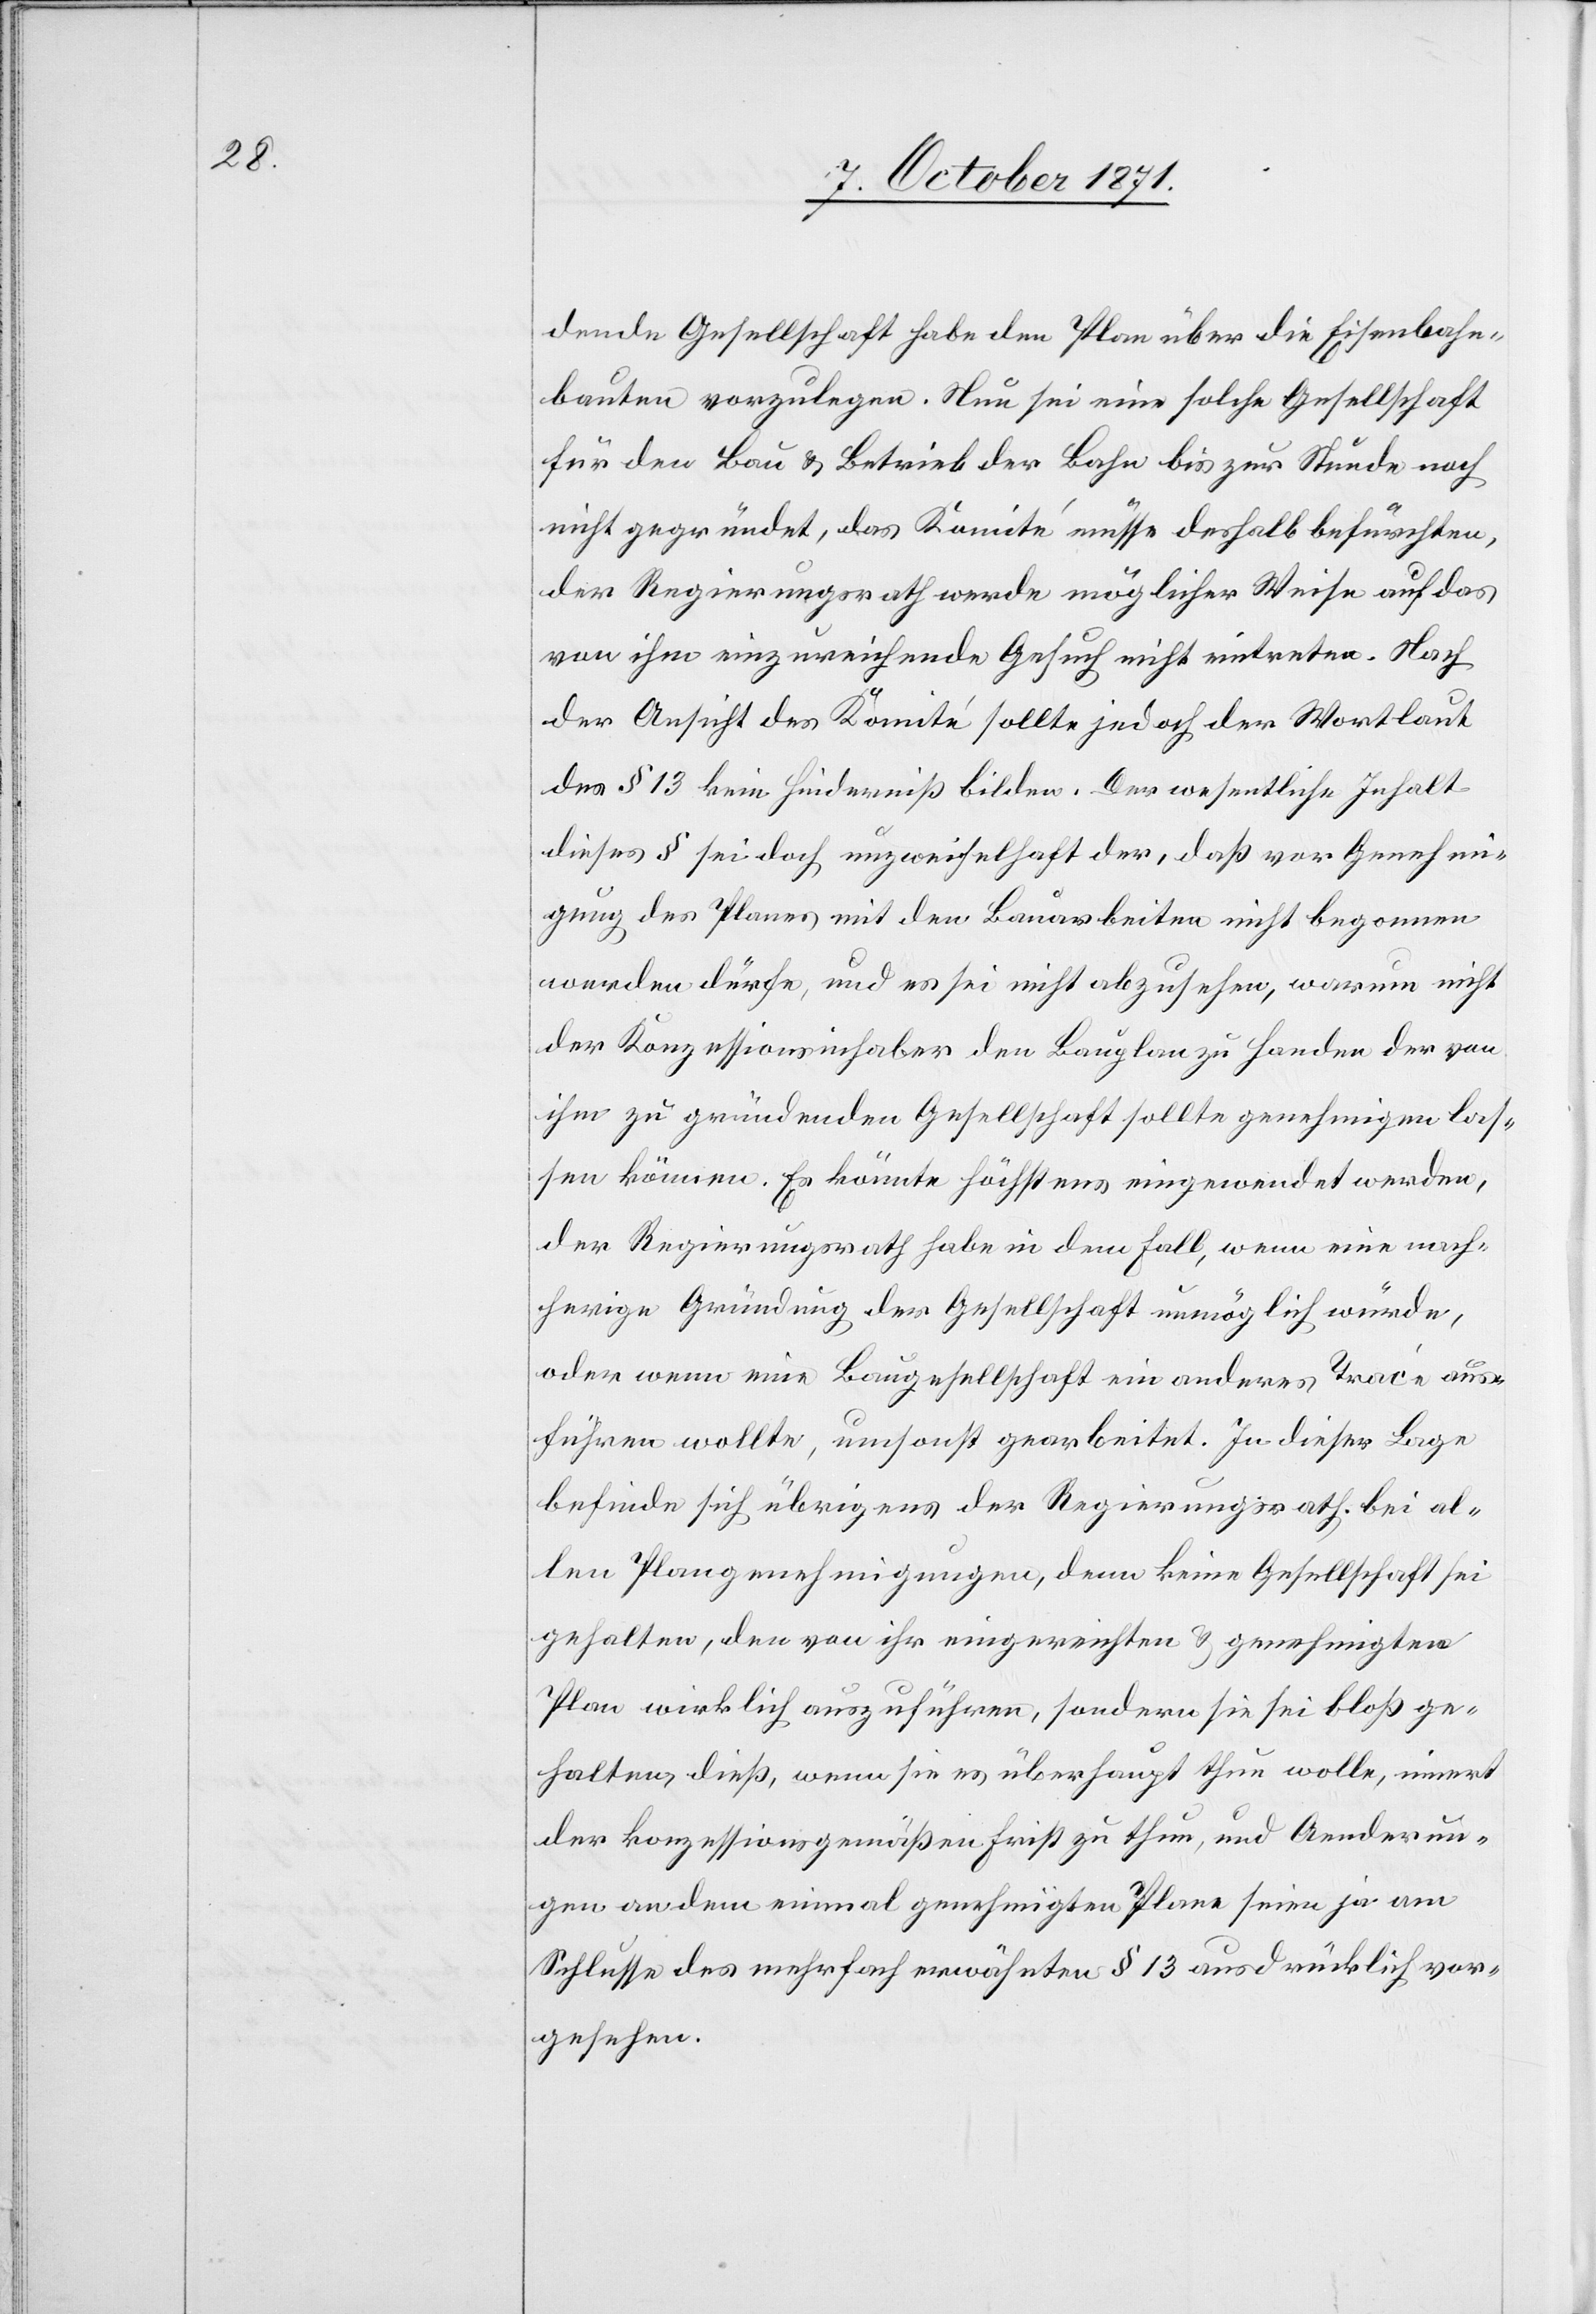
dende Gesellschaft habe den Plan über die Eisenbahn¬
bauten vorzulegen. Nun sei eine solche Gesellschaft
für den Bau & Betrieb der Bahn bis zur Stunde noch
nicht gegründet, das Komité müsse deshalb befürchten,
der Regierungsrath werde möglicher Weise auf das
von ihm einzureichende Gesuch nicht eintreten. Nach
der Ansicht des Komité sollte jedoch der Wortlaut
des § 13 kein Hinderniß bilden. Der wesentliche Inhalt
dieses § sei doch unzweifelhaft der, daß vor Genehmi¬
gung des Planes mit den Bauarbeiten nicht begonnen
werden dürfe, und es sei nicht abzusehen, warum nicht
der Konzessionsinhaber den Bauplan zu Handen der von
ihm zu gründenden Gesellschaft sollte genehmigen las¬
sen können. Es könnte höchstens eingewendet werden,
der Regierungsrath habe in dem Fall, wenn eine nach¬
herige Gründung der Gesellschaft unmöglich würde,
oder wenn eine Baugesellschaft ein anderes Tracé aus¬
führen wollte, umsonst gearbeitet. In dieser Lage
befinde sich übrigens der Regierungsrath bei al¬
len Plangenehmigungen, denn keine Gesellschaft sei
gehalten, den von ihr eingereichten & genehmigten
Plan wirklich auszuführen, sondern sie sei bloß ge¬
halten, dieß, wenn sie es überhaupt thun wolle, innert
der konzessionsgemäßen Frist zu thun, und Aenderun¬
gen an dem einmal genehmigten Plane seien ja am
Schlusse des mehrfach erwähnten § 13 ausdrücklich vor¬
gesehen.